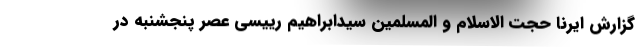
گزارش ایرنا حجت الاسلام و المسلمین سیدابراهیم رییسی عصر پنجشنبه در